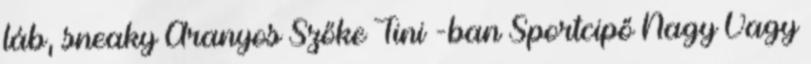
láb, sneaky Aranyos Szőke Tini -ban Sportcipő Nagy Vagy